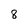
Character: 8